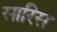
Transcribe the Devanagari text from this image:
सारिस